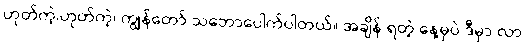
ဟုတ်ကဲ့၊ဟုတ်ကဲ့၊ ကျွန်တော် သဘောပေါက်ပါတယ်။ အချိန် ရတဲ့ နေ့မှပဲ ဒီမှာ လာ